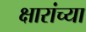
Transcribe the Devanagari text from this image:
क्षारांच्या